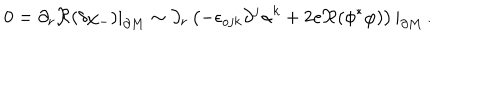
0 = \partial _ { r } \Re ( \delta \chi _ { - } ) | _ { \partial M } \sim \partial _ { r } \left( - \epsilon _ { o j k } \partial ^ { j } \alpha ^ { k } + 2 e \Re ( \phi ^ { * } \varphi ) \right) | _ { \partial M } \, .